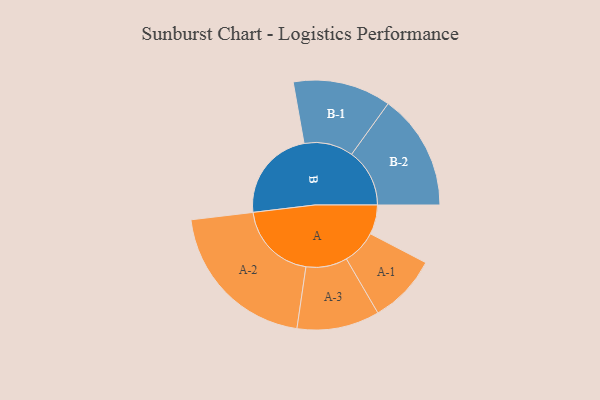
{"axis": {"x": "Segment", "y": "Value"}, "legend": ["", "A", "B"], "data": [{"x": "A", "y": 109, "type": ""}, {"x": "B", "y": 344, "type": ""}, {"x": "A-1", "y": 128, "type": "A"}, {"x": "A-2", "y": 297, "type": "A"}, {"x": "A-3", "y": 153, "type": "A"}, {"x": "B-1", "y": 182, "type": "B"}, {"x": "B-2", "y": 215, "type": "B"}]}